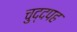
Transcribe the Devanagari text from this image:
चुद्दपह